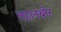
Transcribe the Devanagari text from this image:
लहानथोर